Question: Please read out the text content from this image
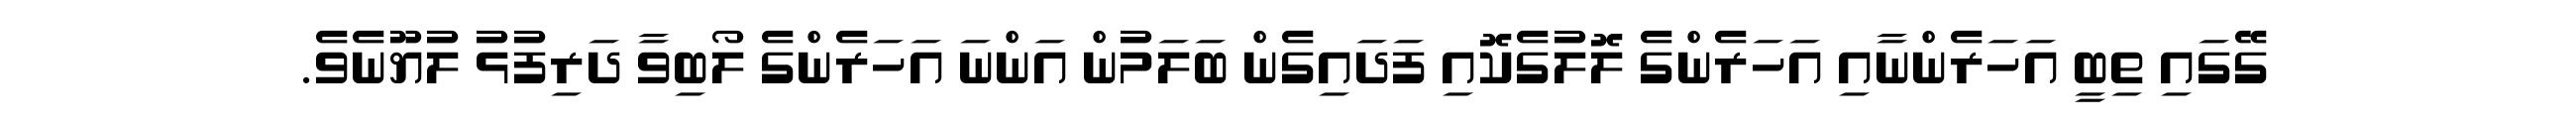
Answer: ގޭގައި ތިބީ އަހަރެންނާއި އަހަރެންގެ ލޮލުގެކޮއި ފަދައިގެން ބަލަމުން އަންނަ އަހަރެންގެ ލޯބިވާ ދަރިފުޅު ލުޔޫނެވެ.